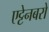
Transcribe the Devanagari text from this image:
एट्टेनबरो